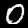
Digit: 0